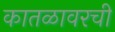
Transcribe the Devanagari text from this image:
कातळावरची